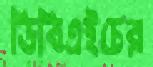
ডিবিএইচের